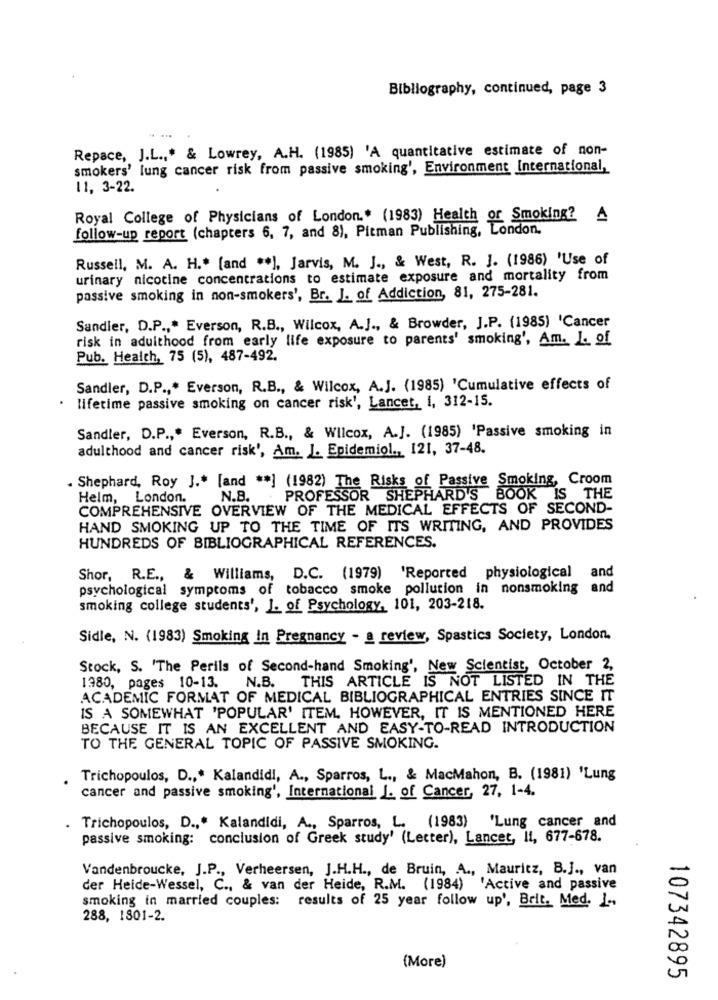
Bibliography, continued, page 3
Repace, J.L .,* & Lowrey, A.H. (1985) 'A quantitative estimate of non-
smokers' lung cancer risk from passive smoking', Environment International,
11, 3-22.
Royal College of Physicians of London .. (1983) Health of Smoking? A
follow-up report (chapters 6, 7, and 8), Pitman Publishing, London.
Russell, M. A. H .* [and ** ], Jarvis, M. J ., & West, R. J. (1986) 'Use of
urinary nicotine concentrations to estimate exposure and mortality from
passive smoking in non-smokers', Br. J. of Addiction, 81, 275-281.
Sandler, D.P .,* Everson, R.B ., Wilcox, A.J ., & Browder, J.P. (1985) 'Cancer
risk in adulthood from early life exposure to parents' smoking', Am. 1. of
Pub. Health, 75 (5), 487-492.
Sandler, D.P .,* Everson, R.B ., & Wilcox, A.J. (1985) 'Cumulative effects of
.
lifetime passive smoking on cancer risk', Lancet, i, 312-15.
Sandler, D.P ., " Everson, R.B ., & Wilcox, A.J. (1985) 'Passive smoking in
adulthood and cancer risk', Am. J. Epidemiol ., 121, 37-48.
. Shephard, Roy J .* [and ** ] (1982) The Risks of Passive Smoking, Croom
Helm, London.
N.B.
PROFESSOR SHEPHARD'S BOOK IS THE
COMPREHENSIVE OVERVIEW OF THE MEDICAL EFFECTS OF SECOND-
HAND SMOKING UP TO THE TIME OF ITS WRITING, AND PROVIDES
HUNDREDS OF BIBLIOGRAPHICAL REFERENCES.
Shor, R.E ., & Williams, D.C. (1979) 'Reported physiological and
psychological symptoms of tobacco smoke pollution in nonsmoking and
smoking college students', J. of Psychology, 101, 203-218.
Sidle, N. (1983) Smoking In Pregnancy - a review, Spastics Society, London.
Stock, S. 'The Perils of Second-hand Smoking', New Scientist, October 2,
1380, pages 10-13. N.B.
THIS ARTICLE IS NOT LISTED IN THE
ACADEMIC FORMAT OF MEDICAL BIBLIOGRAPHICAL ENTRIES SINCE IT
IS A SOMEWHAT 'POPULAR' ITEM. HOWEVER, IT IS MENTIONED HERE
BECAUSE IT IS AN EXCELLENT AND EASY-TO-READ INTRODUCTION
TO THE GENERAL TOPIC OF PASSIVE SMOKING.
Trichopoulos, D .,* Kalandidi, A ., Sparros, L ., & MacMahon, B. (1981) 'Lung
cancer and passive smoking', International I. of Cancer, 27, 1-4.
Trichopoulos, D ., " Kalandidi, A ., Sparros, L. (1983) 'Lung cancer and
passive smoking: conclusion of Greek study' (Lecter), Lancet, It, 677-678.
Vandenbroucke, J.P ., Verheersen, J.H.H ., de Bruin, A ., Mauritz, B.J ., van
der Heide-Wessel, C ., & van der Heide, R.M. (1984) 'Active and passive
smoking in married couples: results of 25 year follow up', Brit. Med. I .,
288, 1801-2.
(More)
107342895